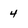
Character: 4